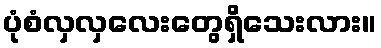
ပုံစံလှလှလေးတွေရှိသေးလား။